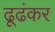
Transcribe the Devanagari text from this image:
ढूढंकर